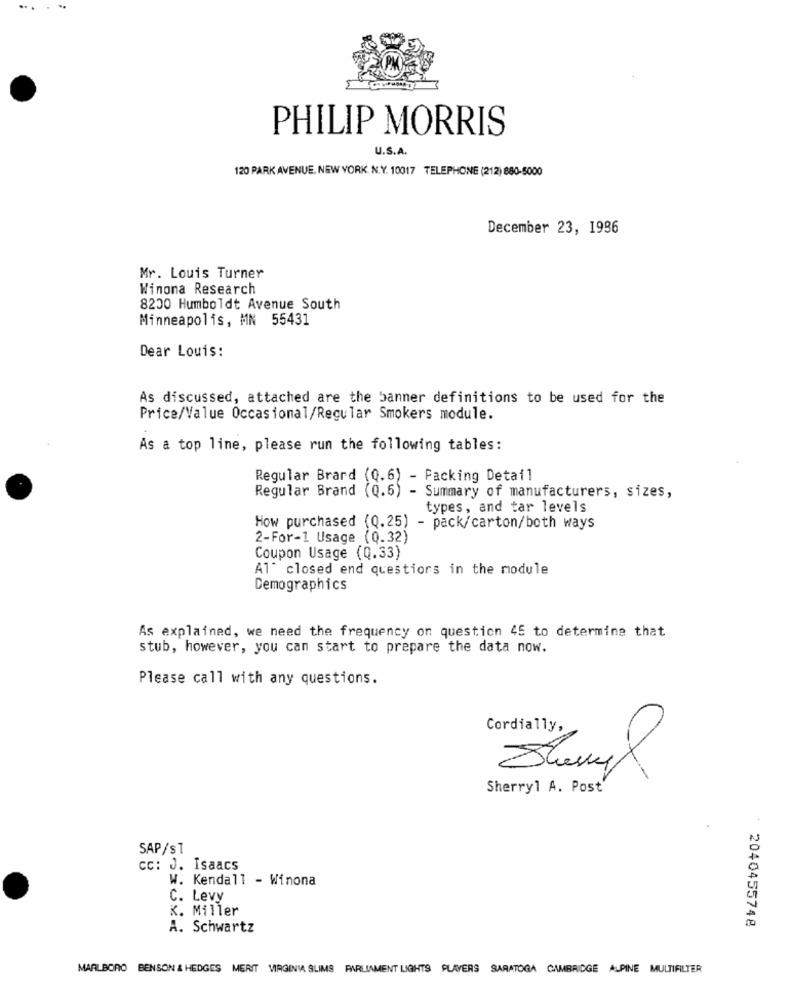
PHILIP MORRIS
U.S.A.
120 PARK AVENUE, NEW YORK. N.Y. 10017 TELEPHONE (212) 880-5000
December 23, 1996
Mr. Louis Turner
Winona Research
8200 Humboldt Avenue South
Minneapolis, MN 55431
Dear Louis:
As discussed, attached are the banner definitions to be used for the
Price/Value Occasional/Regular Smokers module.
As a top line, please run the following tables:
Regular Brard (0.6) - Packing Detail
Regular Brand (Q.6) - Summary of manufacturers, sizes,
types, and tar levels
How purchased (Q.25) - pack/carton/both ways
2-For-1 Usage (0.32)
Coupon Usage (0.33)
Al" closed end questions in the module
Demographics
As explained, we need the frequency on question 45 to determine that
stub, however, you can start to prepare the data now.
Please call with any questions.
Cordially,
Sherryl A. Post'
SAP/s1
cc: J. Isaacs
W. Kendall - Winona
C. Levy
K. Miller
: 2040455748
A. Schwartz
MARLBORO BENSON & HEDGES MERIT VIRGINIA SLIMS PARLIAMENT LIGHTS PLAYERS SARATOGA CAMBRIDGE ALPINE MULTIFILTER